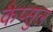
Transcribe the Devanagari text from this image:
कैप्सुल